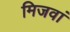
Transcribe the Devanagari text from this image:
मिजवां